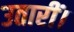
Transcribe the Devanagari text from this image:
उतारीं।